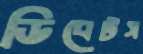
ডিবেটস